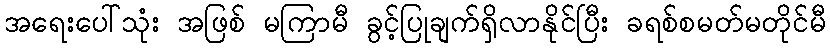
အရေးပေါ်သုံး အဖြစ် မကြာမီ ခွင့်ပြုချက်ရှိလာနိုင်ပြီး ခရစ်စမတ်မတိုင်မီ